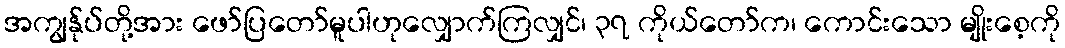
အကျွန်ုပ်တို့အား ဖော်ပြတော်မူပါဟုလျှောက်ကြလျှင်၊ ၃၇ ကိုယ်တော်က၊ ကောင်းသော မျိုးစေ့ကို